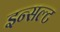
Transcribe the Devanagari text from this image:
इन्सल्ट